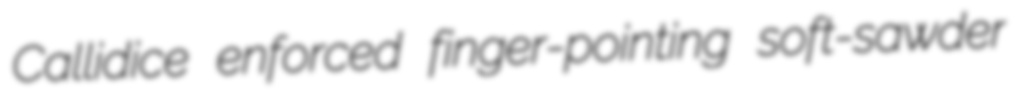
Callidice enforced finger-pointing soft-sawder